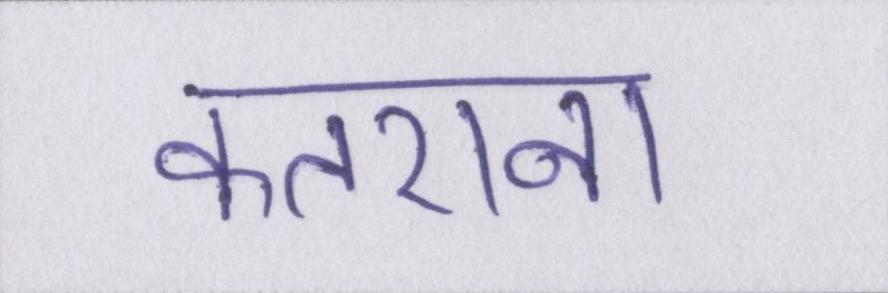
कतराना